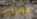
جميلين